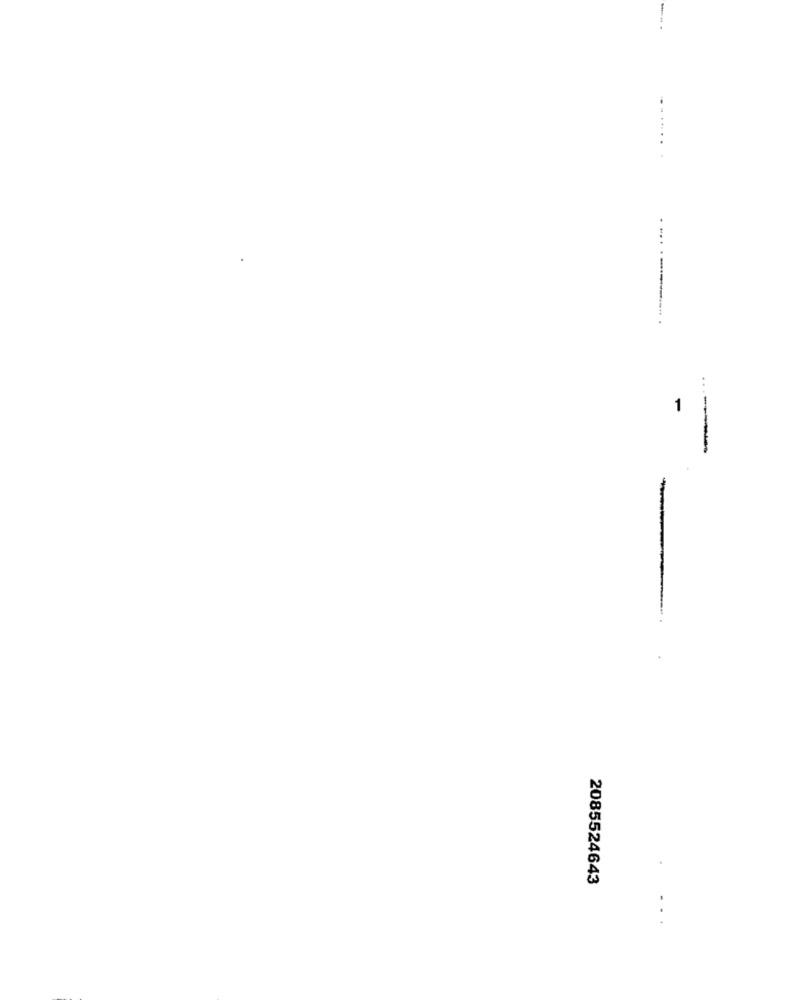
--------
1
-
2085524643
..